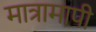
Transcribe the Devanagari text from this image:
मात्रामापी